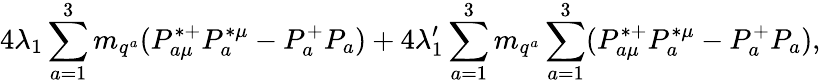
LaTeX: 4\lambda_{1}\sum_{a=1}^{3}m_{q^{a}}(P_{a\mu}^{*+}P_{a}^{*\mu}-P_{a}^{+}P_{a})+4\lambda_{1}^{\prime}\sum_{a=1}^{3}m_{q^{a}}\sum_{a=1}^{3}(P_{a\mu}^{*+}P_{a}^{*\mu}-P_{a}^{+}P_{a}),